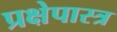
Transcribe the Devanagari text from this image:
प्रक्षेपास्‍त्र